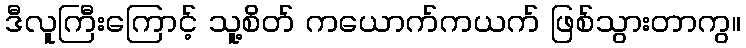
ဒီလူကြီးကြောင့် သူ့စိတ် ကယောက်ကယက် ဖြစ်သွားတာကွ။